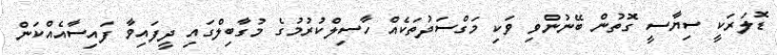
ޑޮލަރަކީ ސިޔާސީ ގޮތުން ބޭނުންވި ވަކި މަގްސަދުތަކެއް ހާސިލްކުރުމުގެ މުގާބިލްގައި ދީފައިވާ ފައިސާއެއްކަން